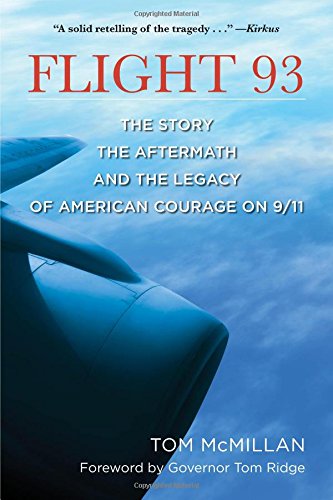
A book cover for Flight 93: The Story, the Aftermath, and the Legacy of American Courage on 9/11; Tom McMillan; Politics & Social Sciences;